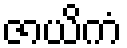
ဇာယိကံ